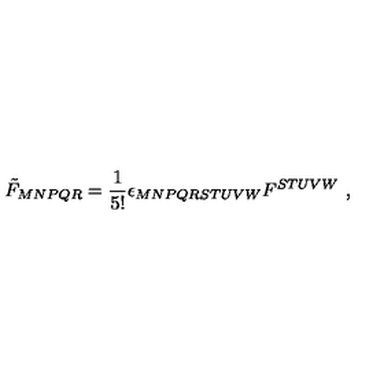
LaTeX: \tilde { F } _ { M N P Q R } = \frac { 1 } { 5 ! } \epsilon _ { M N P Q R S T U V W } F ^ { S T U V W } \ ,